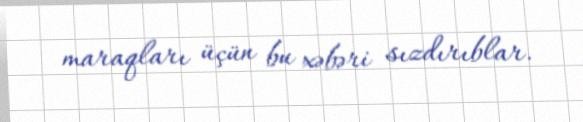
maraqları üçün bu xəbəri sızdırıblar.